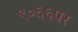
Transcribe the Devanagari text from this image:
९०६६पर